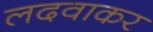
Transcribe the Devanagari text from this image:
लदवाकर